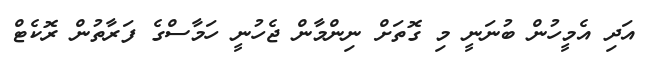
އަދި އެމީހުން ބުނަނީ މި ގޮތަށް ނިންމާން ޖެހުނީ ހަމާސްގެ ފަރާތުން ރޮކެޓް